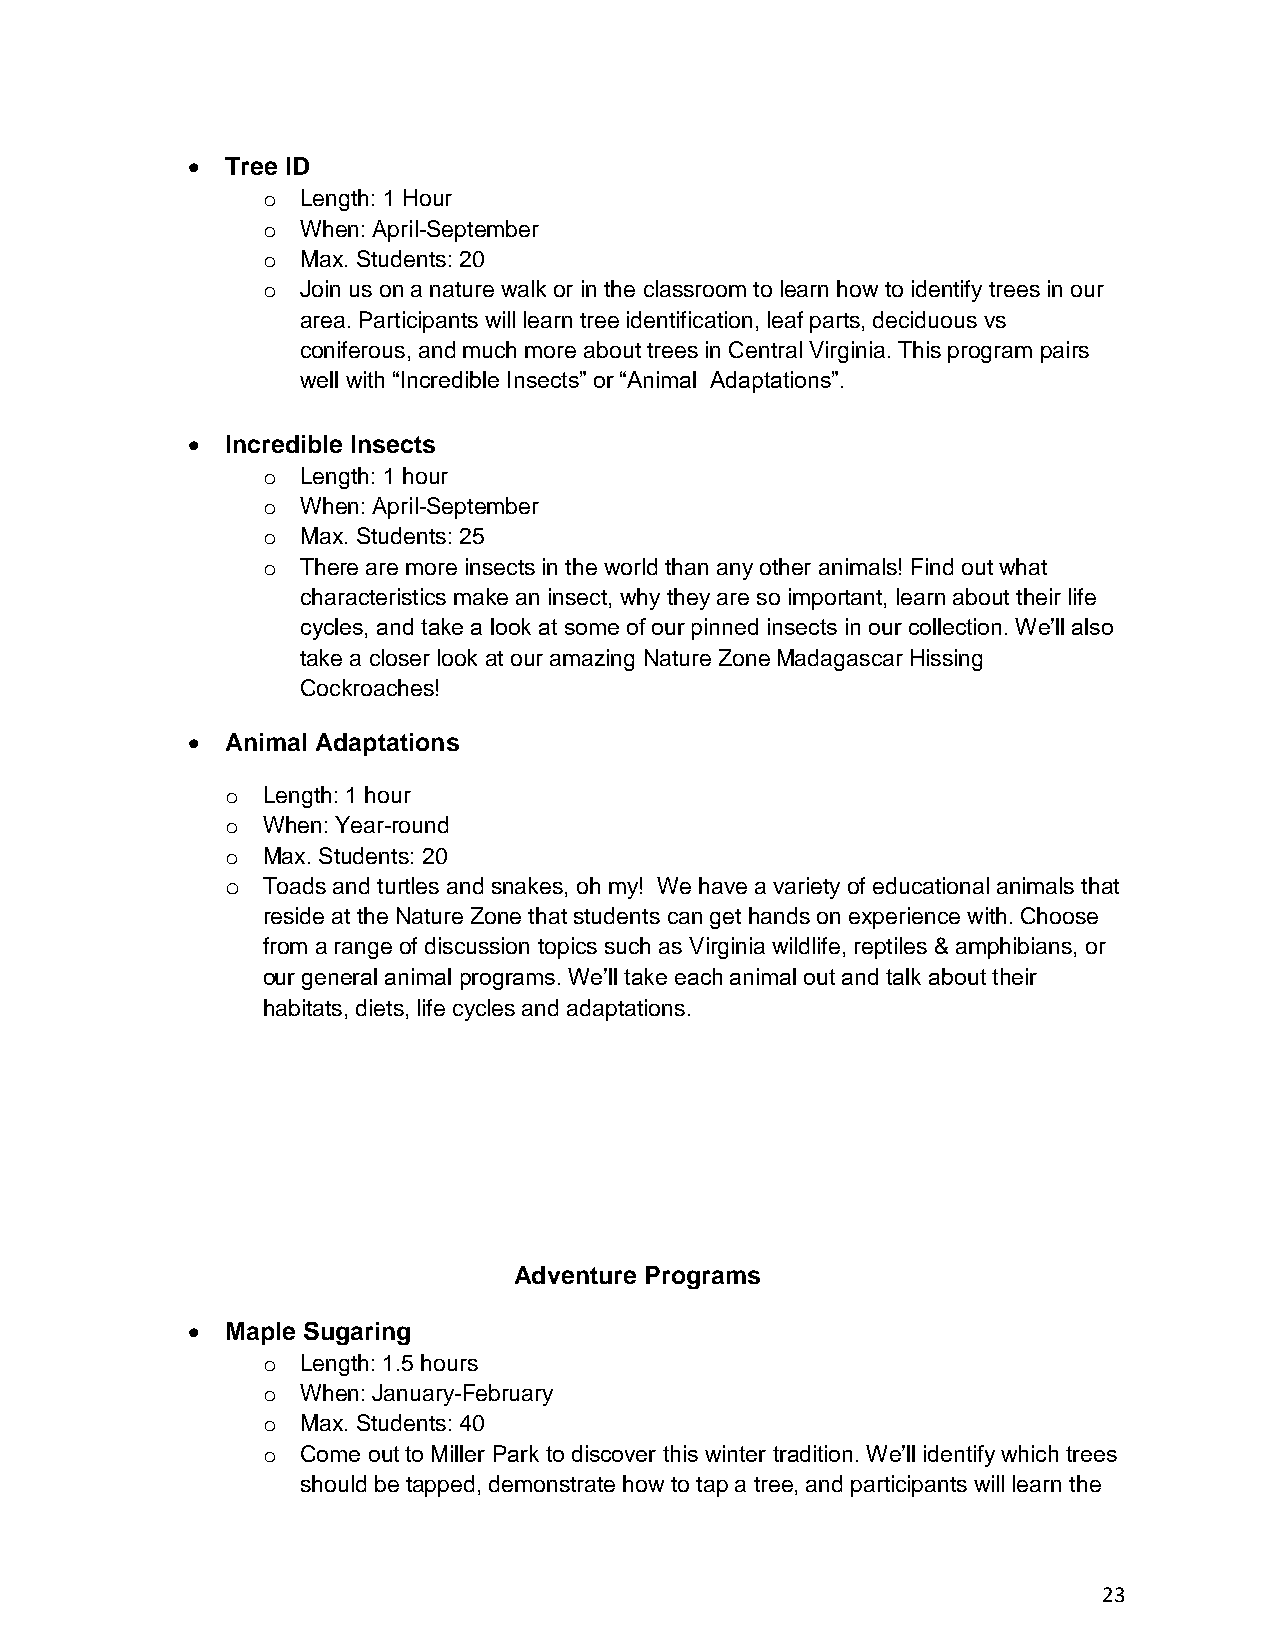
•  Tree ID
 o  Length: 1 Hour
 o  When: April-September
 o  Max. Students: 20
 o  Join us on a nature walk or in the classroom to learn how to identify trees in our
 area. Participants will learn tree identification, leaf parts, deciduous vs
 coniferous, and much more about trees in Central Virginia. This program pairs
 well with “Incredible Insects” or “Animal Adaptations”.
 •  Incredible Insects
 o  Length: 1 hour
 o  When: April-September
 o  Max. Students: 25
 o  There are more insects in the world than any other animals! Find out what
 characteristics make an insect, why they are so important, learn about their life
 cycles, and take a look at some of our pinned insects in our collection. We’ll also
 take a closer look at our amazing Nature Zone Madagascar Hissing
 Cockroaches!
 •  Animal Adaptations
 o Length: 1 hour
 o When: Year-round
 o Max. Students: 20
 o Toads and turtles and snakes, oh my! We have a variety of educational animals that
 reside at the Nature Zone that students can get hands on experience with. Choose
 from a range of discussion topics such as Virginia wildlife, reptiles & amphibians, or
 our general animal programs. We’ll take each animal out and talk about their
 habitats, diets, life cycles and adaptations.
 Adventure Programs
 •  Maple Sugaring
 o  Length: 1.5 hours
 o  When: January-February
 o  Max. Students: 40
 o  Come out to Miller Park to discover this winter tradition. We’ll identify which trees
 should be tapped, demonstrate how to tap a tree, and participants will learn the
 23